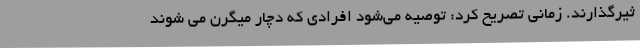
ثیرگذارند. زمانی تصریح کرد: توصیه می‌شود افرادی که دچار میگرن می شوند